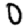
Digit: 0